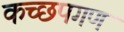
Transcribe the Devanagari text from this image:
कच्छपगण